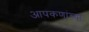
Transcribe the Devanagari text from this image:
आपकणांच्या